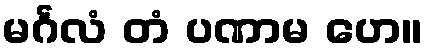
မင်္ဂလံ တံ ပဏာမ ဟေ။